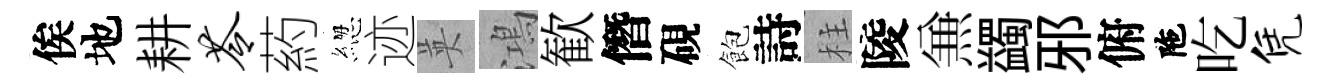
俟地耕苓葯緫迹英鴻歓僭硯飽詩柱陵𠔥蠲邪俯陁吃凭